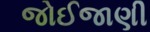
જોઈજાણી